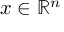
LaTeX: x \in \mathbb { R } ^ { n }